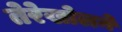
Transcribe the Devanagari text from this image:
तेरेखोलने